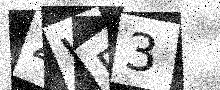
Text: ZWR3